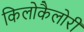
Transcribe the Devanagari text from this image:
किलोकैलोरी